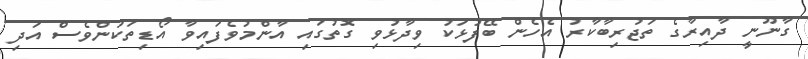
ގާނޫނީ ދާއިރާގެ ތަޖުރިބާކާރު އެހެން ބޭފުޅަކު ވިދާޅުވި ގޮތުގައި އާންމުވެފައިވާ އޯޑިތަކުންވެސް އަދި